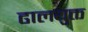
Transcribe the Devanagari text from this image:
ढालयुक्त